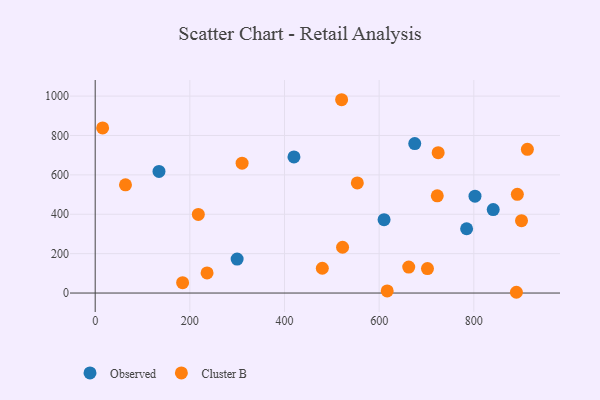
{"axis": {"x": "Investment", "y": "Yield"}, "legend": ["Cluster B", "Observed"], "data": [{"x": "675.2", "y": 758.7, "type": "Observed"}, {"x": "802.5", "y": 492.0, "type": "Observed"}, {"x": "134.8", "y": 617.4, "type": "Observed"}, {"x": "841.0", "y": 423.8, "type": "Observed"}, {"x": "610.4", "y": 372.5, "type": "Observed"}, {"x": "784.8", "y": 326.5, "type": "Observed"}, {"x": "299.9", "y": 172.3, "type": "Observed"}, {"x": "420.0", "y": 691.0, "type": "Observed"}, {"x": "217.9", "y": 399.0, "type": "Cluster B"}, {"x": "184.7", "y": 52.5, "type": "Cluster B"}, {"x": "702.1", "y": 124.2, "type": "Cluster B"}, {"x": "724.7", "y": 712.5, "type": "Cluster B"}, {"x": "522.7", "y": 232.4, "type": "Cluster B"}, {"x": "64.0", "y": 549.5, "type": "Cluster B"}, {"x": "236.4", "y": 102.1, "type": "Cluster B"}, {"x": "617.0", "y": 10.8, "type": "Cluster B"}, {"x": "553.9", "y": 559.0, "type": "Cluster B"}, {"x": "15.7", "y": 838.3, "type": "Cluster B"}, {"x": "310.4", "y": 659.6, "type": "Cluster B"}, {"x": "520.7", "y": 981.5, "type": "Cluster B"}, {"x": "662.5", "y": 131.9, "type": "Cluster B"}, {"x": "900.8", "y": 367.2, "type": "Cluster B"}, {"x": "479.9", "y": 125.9, "type": "Cluster B"}, {"x": "890.0", "y": 3.9, "type": "Cluster B"}, {"x": "892.0", "y": 501.0, "type": "Cluster B"}, {"x": "722.8", "y": 493.6, "type": "Cluster B"}, {"x": "913.2", "y": 729.7, "type": "Cluster B"}]}